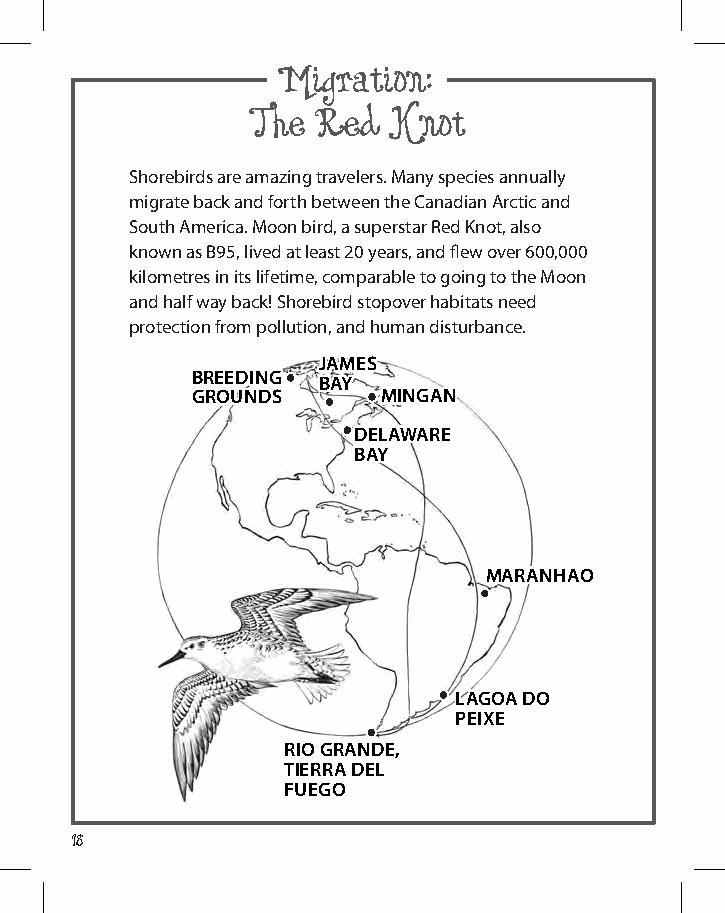
Migration:
 The red  Knot
 Shorebirds are amazing travelers. many species annually
 migrate back and forth between the Canadian arctic and
 South america. moon bird, a superstar red Knot, also
 known as B95, lived at least 20 years, and flew over 600,000
 kilometres in its lifetime, comparable to going to the moon
 and half way back! Shorebird stopover habitats need
 protection from pollution, and human disturbance.
 James
 breeding
 bay
 grounds     mingan
 delaware
 bay
 maranhao
 lagoa do
 peiXe
 rio grande,
 tierra del
 fuego
 18